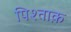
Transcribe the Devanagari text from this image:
पिश्ताक़